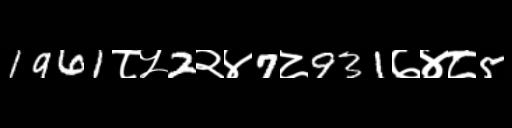
Text: 1961८५2२४7८931७४८5